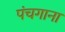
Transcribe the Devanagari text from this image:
पंचगाना